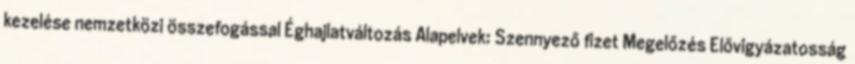
kezelése nemzetközi összefogással Éghajlatváltozás Alapelvek: Szennyező fizet Megelőzés Elővigyázatosság